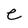
Character: e